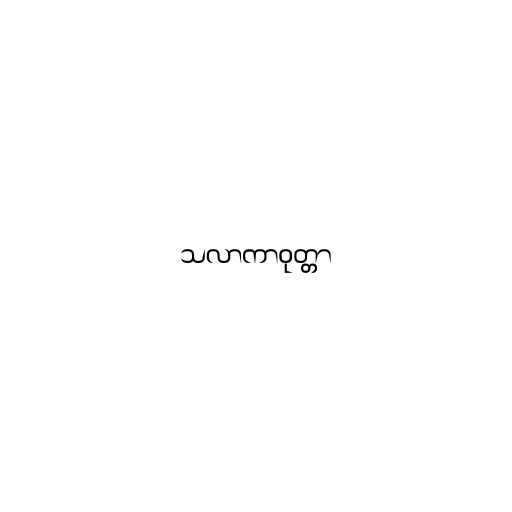
သလာကာဝုတ္တာ